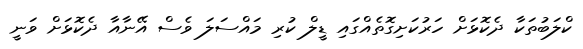
ކްލަބުތަކާ ދެކޮޅަށް ހަރުކަށިގޮތެއްގައި ޑީލް ކުރި މައްސަލަ ވެސް އޭނާއާ ދެކޮޅަށް ވަނީ